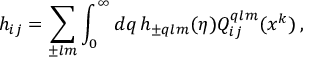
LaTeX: h _ { i j } = \sum _ { \pm l m } \int _ { 0 } ^ { \infty } d q \, h _ { \pm q l m } ( \eta ) Q _ { i j } ^ { q l m } ( x ^ { k } ) \, ,